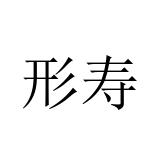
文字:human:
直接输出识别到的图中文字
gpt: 形寿